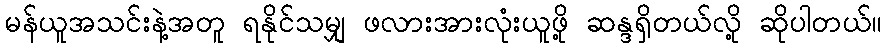
မန်ယူအသင်းနဲ့အတူ ရနိုင်သမျှ ဖလားအားလုံးယူဖို့ ဆန္ဒရှိတယ်လို့ ဆိုပါတယ်။